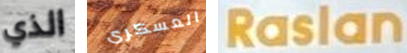
الذي العسكرى Raslan